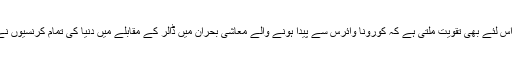
میرے بیانیے کو اس لئے بھی تقویت ملتی ہے کہ کورونا وائرس سے پیدا ہونے والے معاشی بحران میں ڈالر کے مقابلے میں دنیا کی تمام کرنسیوں نے اپنی قدر کھوئی۔